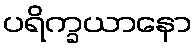
ပရိက္ခယာနော